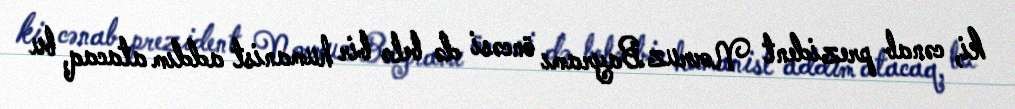
ki, cənab prezident Novruz Bayramı öncəsi də belə bir humanist addım atacaq, bu